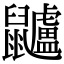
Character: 𪖌